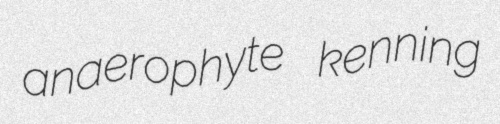
anaerophyte kenning